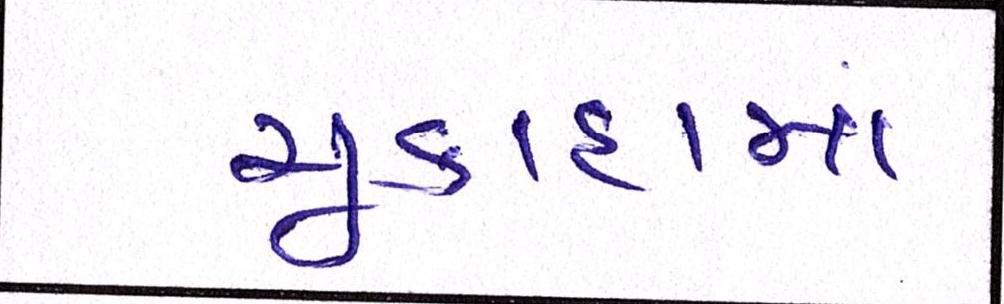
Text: ચૂકાદામાં